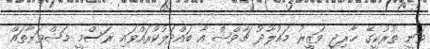
ވަނީ ތުރުކީގެ ޚާރިޖީ ވަޒީރު މައުލޫދު ޗާވްޝް އާ ބައްދަލުކުރައްވައި ރަސްމީ މަޝްވަރާތައް